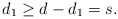
\begin{align*}d_1 \ge d - d_1 = s. \end{align*}